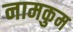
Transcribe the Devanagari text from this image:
नामकुम